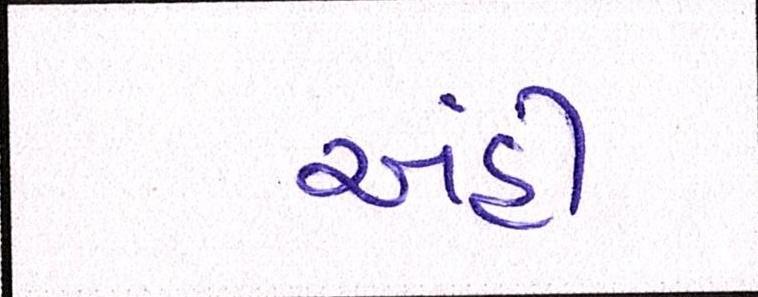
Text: અહીં